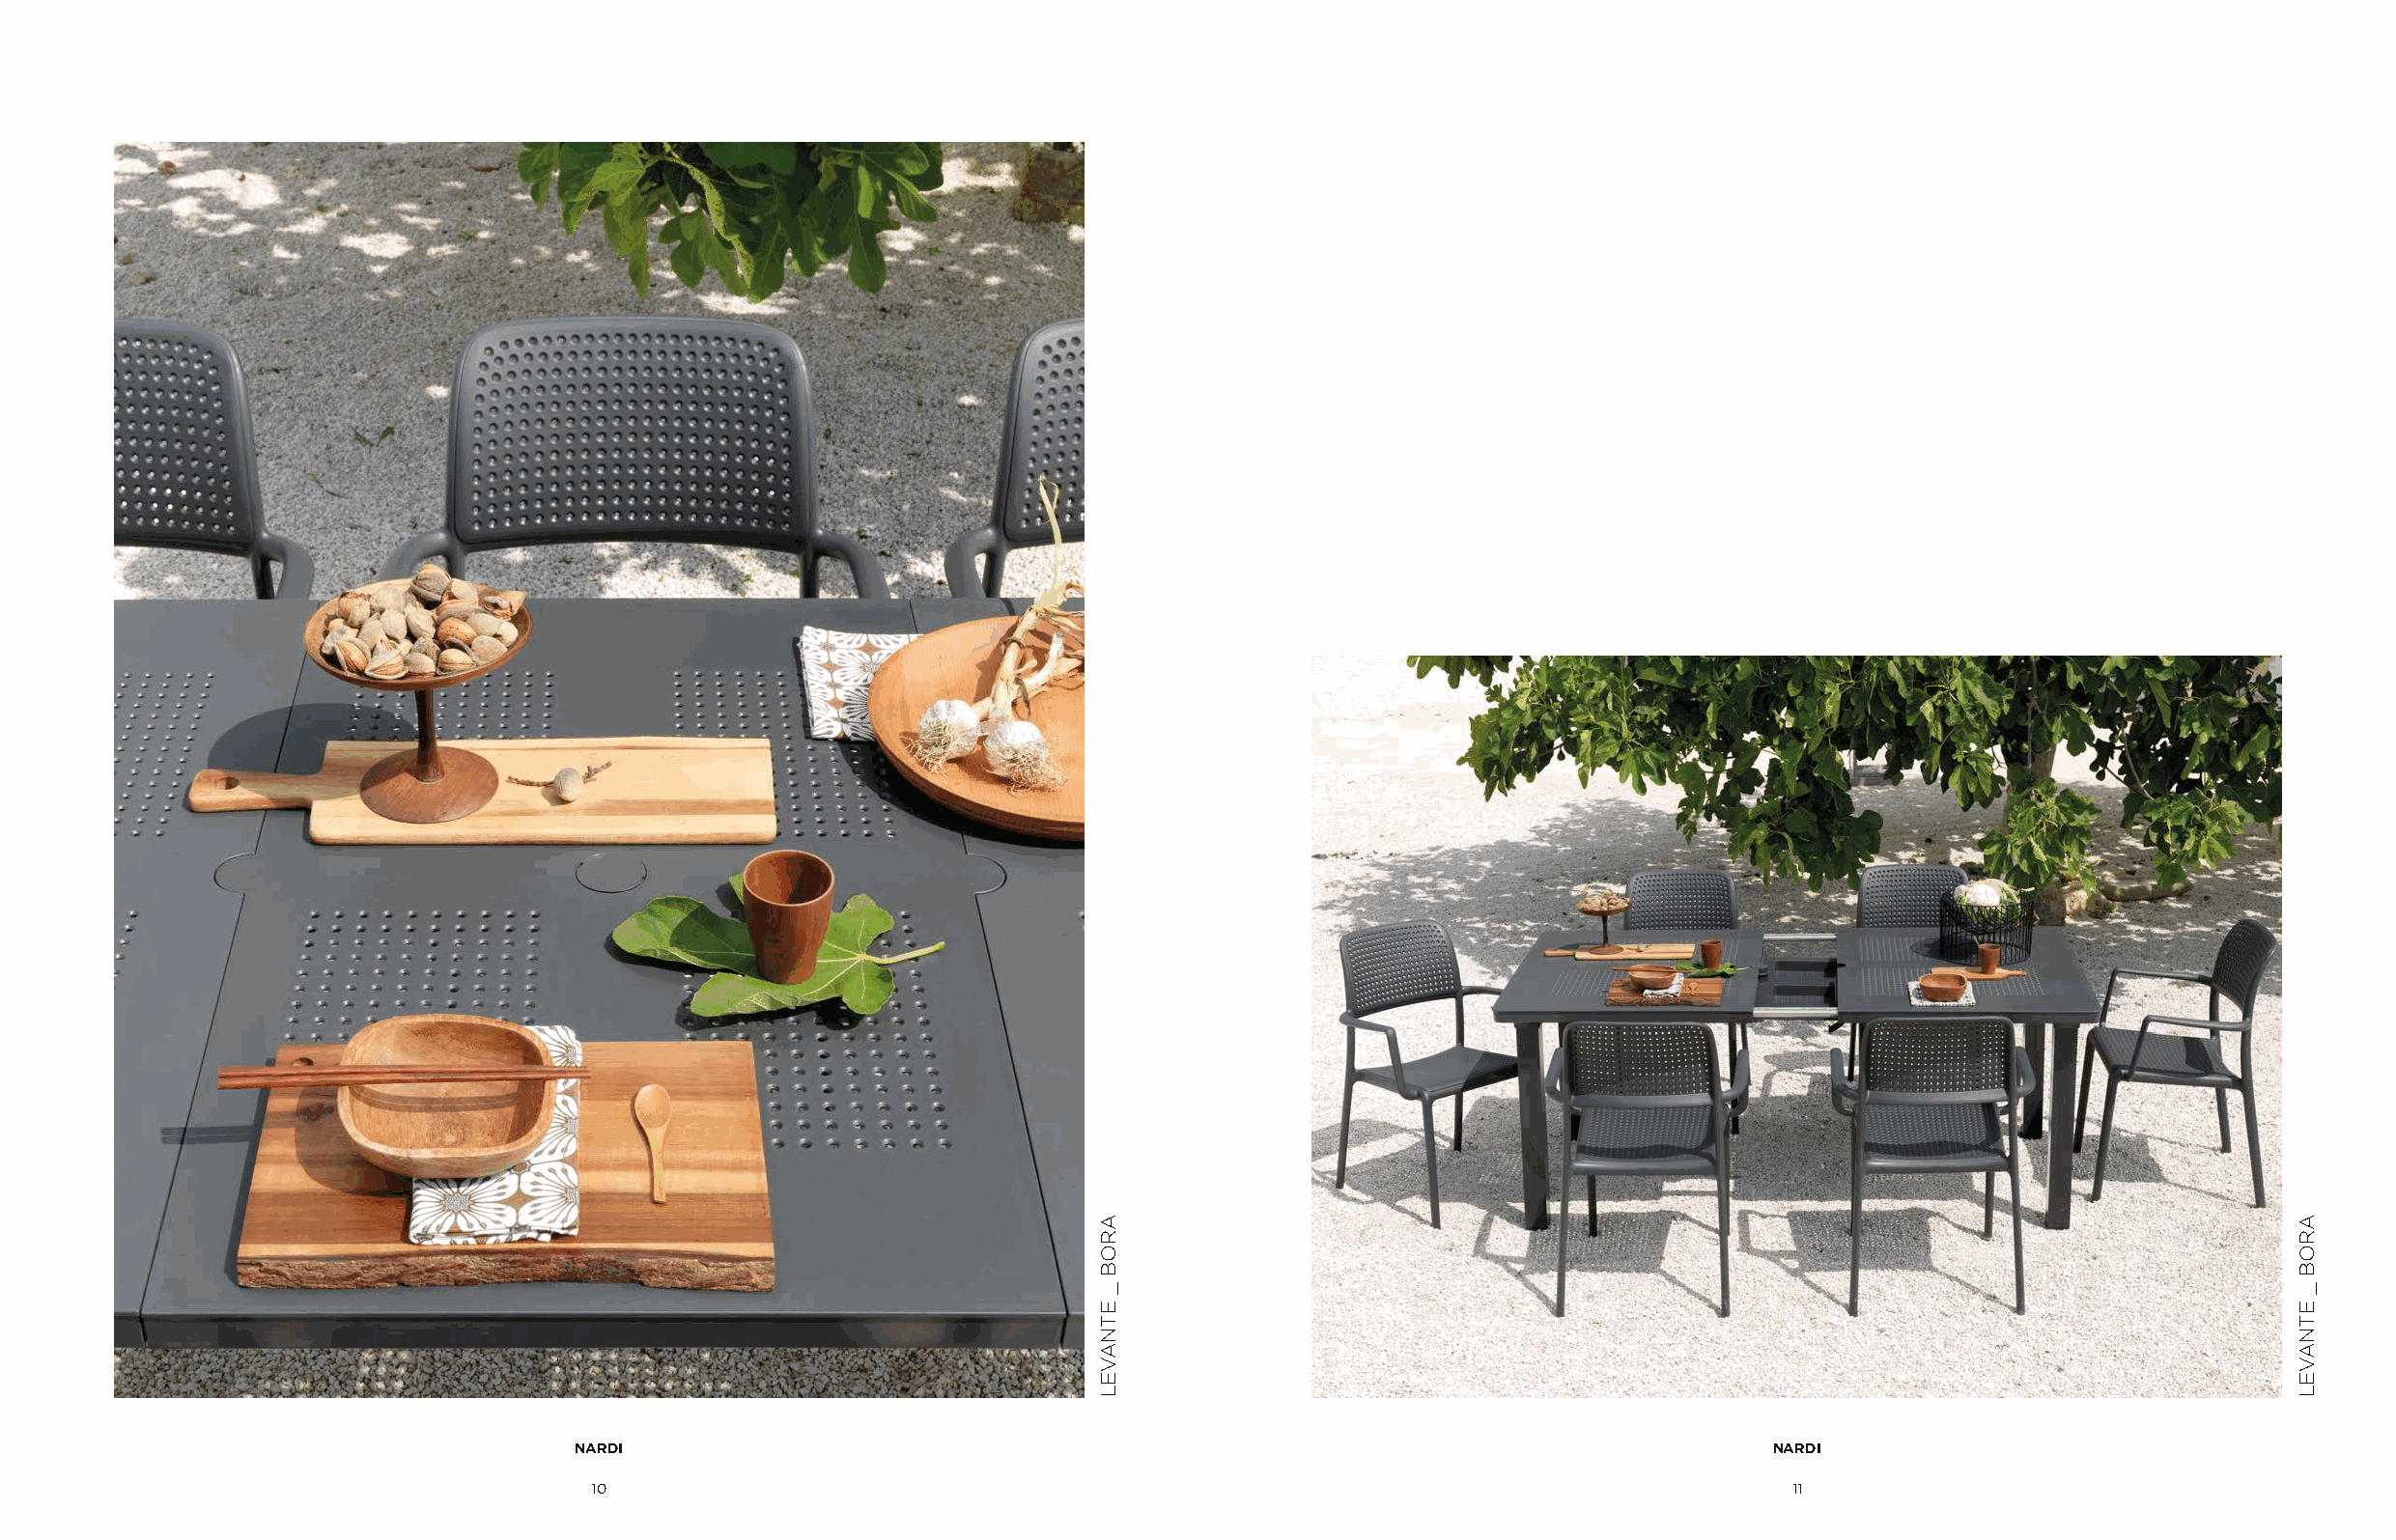
NARDI                                                                              NARDI
 10                                                                                11
 AROB
 _
 ETNAVEL
 AROB
 _
 ETNAVEL